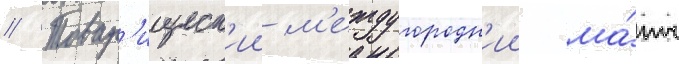
// Товар'ищеск'ии м'еждугородн'ии ма́тч